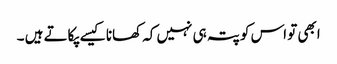
ابھی تو اس کو پتہ ہی نہیں کہ کھانا کیسے پکاتے ہیں ۔